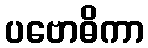
ပဗောဓိကာ